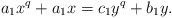
LaTeX: \begin{align*}a_1 x^q + a_1 x = c_1 y^q + b_1 y.\end{align*}